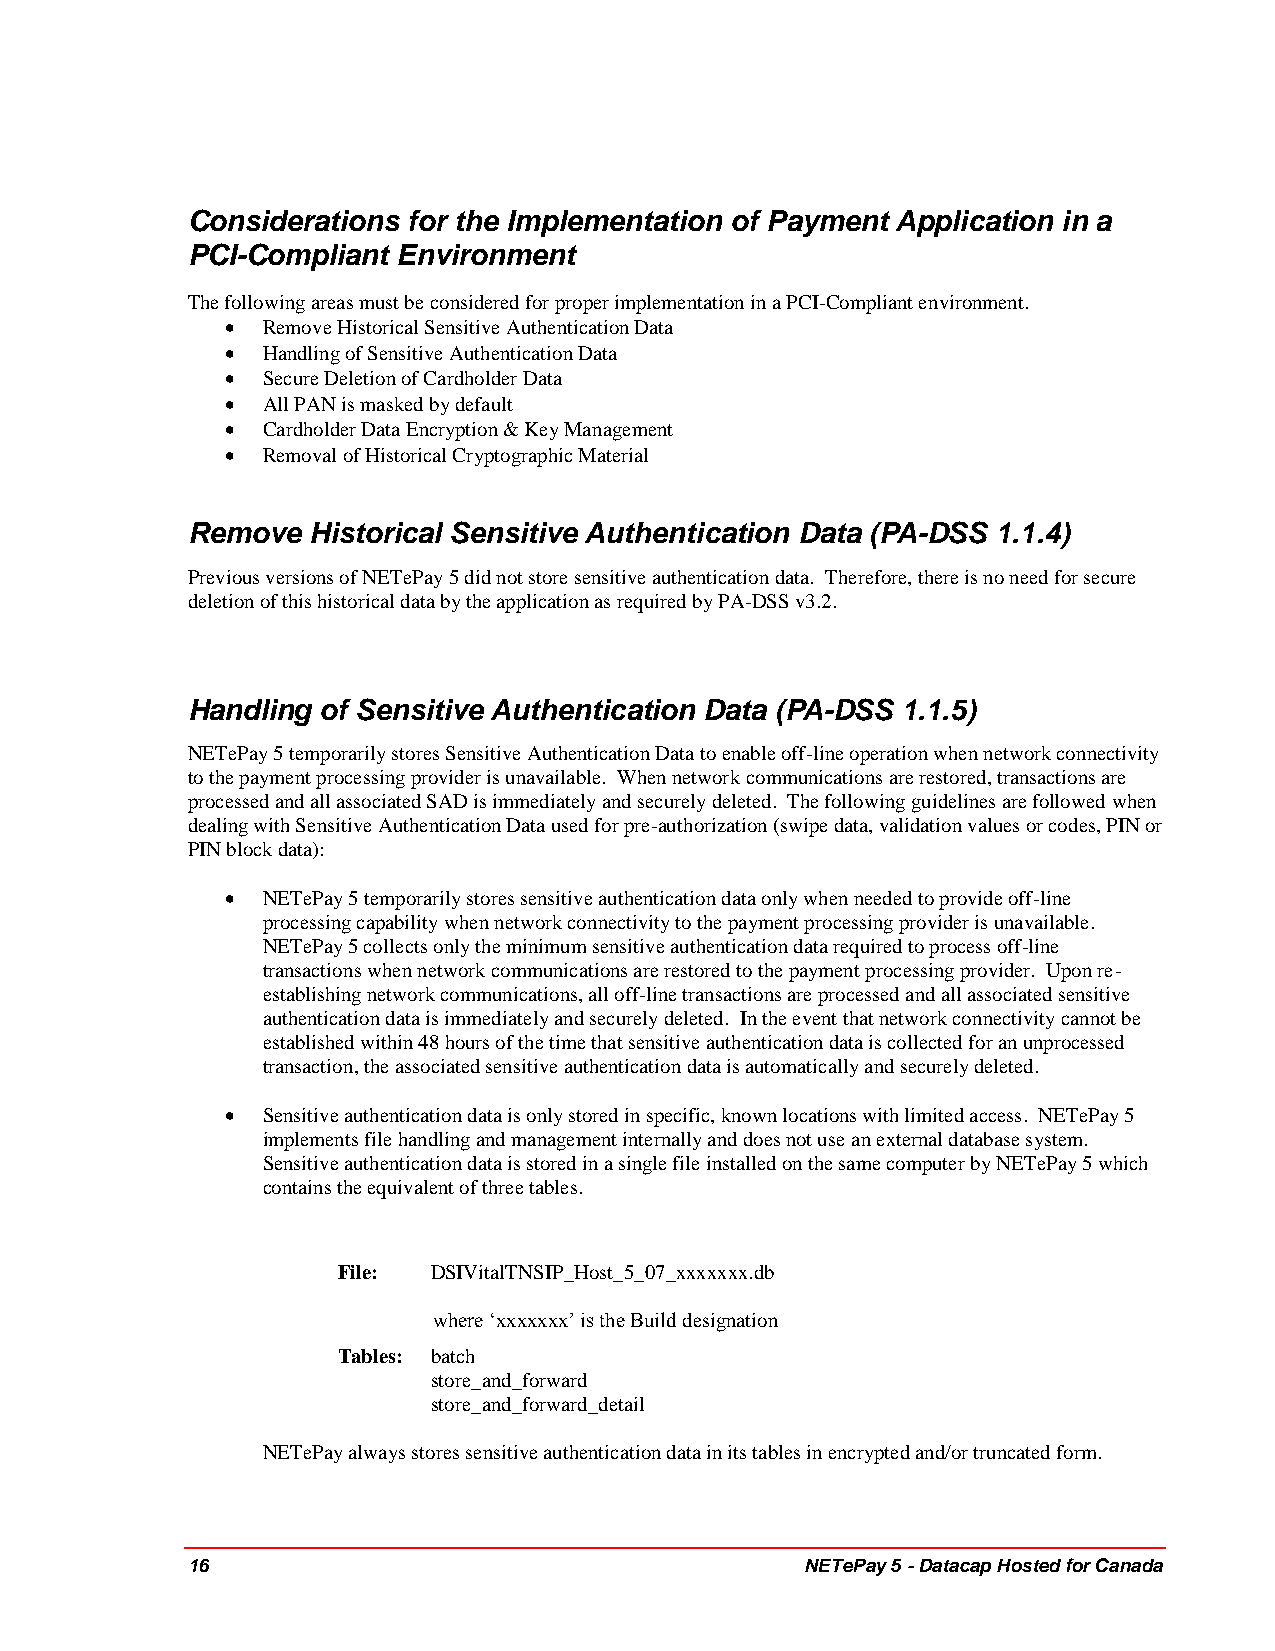
Considerations for the Implementation of Payment Application in a
 PCI-Compliant Environment
 The following areas must be considered for proper implementation in a PCI-Compliant environment.
  Remove Historical Sensitive Authentication Data
  Handling of Sensitive Authentication Data
  Secure Deletion of Cardholder Data
  All PAN is masked by default
  Cardholder Data Encryption & Key Management
  Removal of Historical Cryptographic Material
 Remove  Historical Sensitive Authentication Data (PA-DSS 1.1.4)
 Previous versions of NETePay 5 did not store sensitive authentication data. Therefore, there is no need for secure
 deletion of this historical data by the application as required by PA-DSS v3.2.
 Handling of Sensitive Authentication Data (PA-DSS 1.1.5)
 NETePay 5 temporarily stores Sensitive Authentication Data to enable off-line operation when network connectivity
 to the payment processing provider is unavailable. When network communications are restored, transactions are
 processed and all associated SAD is immediately and securely deleted. The following guidelines are followed when
 dealing with Sensitive Authentication Data used for pre-authorization (swipe data, validation values or codes, PIN or
 PIN block data):
  NETePay 5 temporarily stores sensitive authentication data only when needed to provide off-line
 processing capability when network connectivity to the payment processing provider is unavailable.
 NETePay 5 collects only the minimum sensitive authentication data required to process off-line
 transactions when network communications are restored to the payment processing provider. Upon re-
 establishing network communications, all off-line transactions are processed and all associated sensitive
 authentication data is immediately and securely deleted. In the event that network connectivity cannot be
 established within 48 hours of the time that sensitive authentication data is collected for an unprocessed
 transaction, the associated sensitive authentication data is automatically and securely deleted.
  Sensitive authentication data is only stored in specific, known locations with limited access. NETePay 5
 implements file handling and management internally and does not use an external database system.
 Sensitive authentication data is stored in a single file installed on the same computer by NETePay 5 which
 contains the equivalent of three tables.
 File:  DSIVitalTNSIP_Host_5_07_xxxxxxx.db
 where ‘xxxxxxx’ is the Build designation
 Tables: batch
 store_and_forward
 store_and_forward_detail
 NETePay always stores sensitive authentication data in its tables in encrypted and/or truncated form.
 16                                       NETePay 5 - Datacap Hosted for Canada